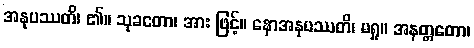
အနုပဿတိ၊ ၏။ သုခတော၊ အား ဖြင့်။ နောအနုပဿတိ၊ မရှု။ အနတ္တတော၊